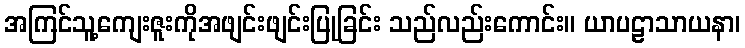
အကြင်သူ့ကျေးဇူးကိုအဖျင်းဖျင်းပြုခြင်း သည်လည်းကောင်း။ ယာပဠာသာယနာ၊